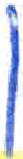
אות: ן